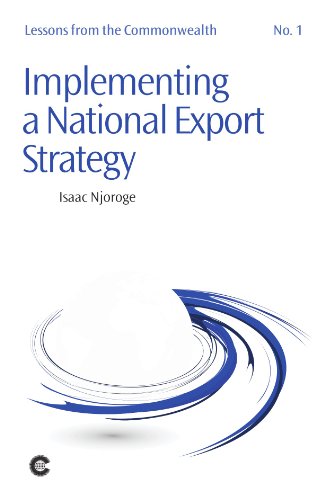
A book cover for Implementing a National Export Strategy (Lessons from the Commonwealth); Issac Njoroge; Business & Money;